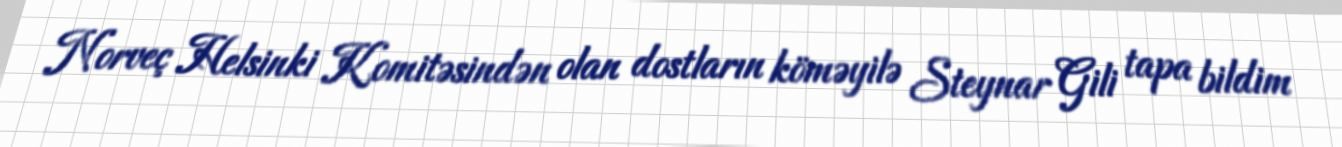
Norveç Helsinki Komitəsindən olan dostların köməyilə Steynar Gili tapa bildim